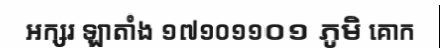
អក្សរ ឡាតាំង ១៧១០១១០១ ភូមិ គោក